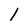
Character: 1